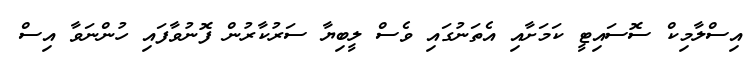
އިސްލާމިކް ސޮސައިޓީ ކަމަށާއި އެތަނުގައި ވެސް ލީބިޔާ ސަރުކާރުން ފޮނުވާފައި ހުންނަވާ އިސް